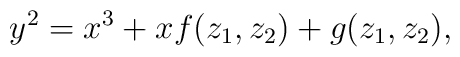
y^2 = x^3 + xf(z_1,z_2)  + g(z_1,z_2),